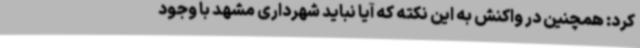
کرد: همچنین در واکنش به این نکته که آیا نباید شهرداری مشهد با وجود